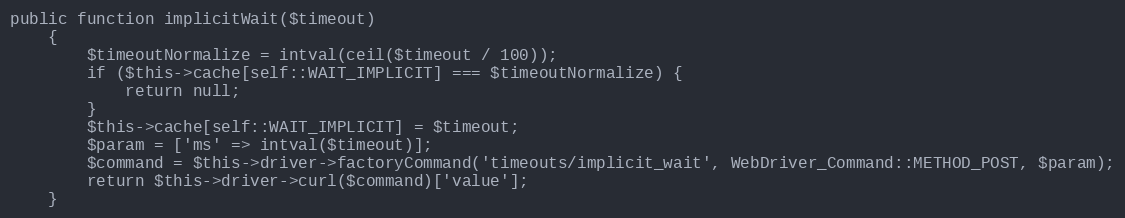
Language: PHP
public function implicitWait($timeout)
    {
        $timeoutNormalize = intval(ceil($timeout / 100));
        if ($this->cache[self::WAIT_IMPLICIT] === $timeoutNormalize) {
            return null;
        }
        $this->cache[self::WAIT_IMPLICIT] = $timeout;
        $param = ['ms' => intval($timeout)];
        $command = $this->driver->factoryCommand('timeouts/implicit_wait', WebDriver_Command::METHOD_POST, $param);
        return $this->driver->curl($command)['value'];
    }